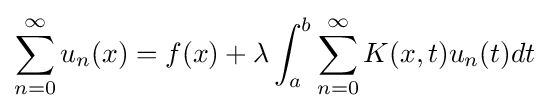
\sum _{n=0}^{\infty }u_{n}(x)=f(x)+\lambda \int _{a}^{b}\sum _{n=0}^{\infty }K(x,t)u_{n}(t)dt